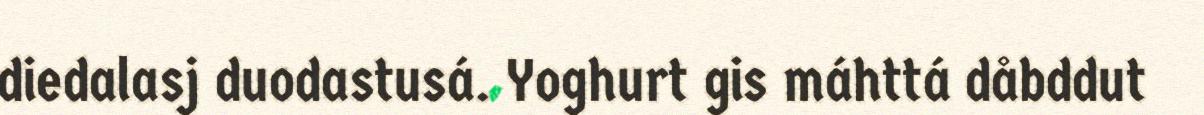
diedalasj duodastusá. Yoghurt gis máhttá dåbddut